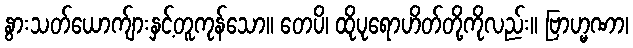
နွားသတ်ယောက်ျားနှင့်တူကုန်သော။ တေပိ၊ ထိုပုရောဟိတ်တို့ကိုလည်း။ ဗြာဟ္မဏာ၊